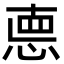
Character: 㥁